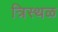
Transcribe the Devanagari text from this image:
त्रिस्थळ